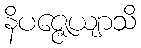
နိပဇ္ဇေယျာသိ